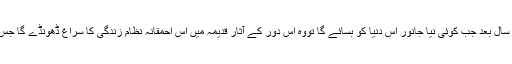
اور پھر آج سے سینکڑوں ہزاروں سال بعد جب کوئی نیا جانور اس دنیا کو بسائے گا تووہ اس دور کے آثار قدیمہ میں اس احمقانہ نظام زندگی کا سراغ ڈھونڈے گا جس نے اسے مرجانے پر مجبور کیا۔